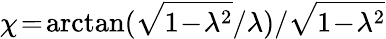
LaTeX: \chi\! =\! \arctan(\sqrt{1\! -\! \lambda^{2}}/\lambda)/\sqrt{1\! -\! \lambda^{2}}